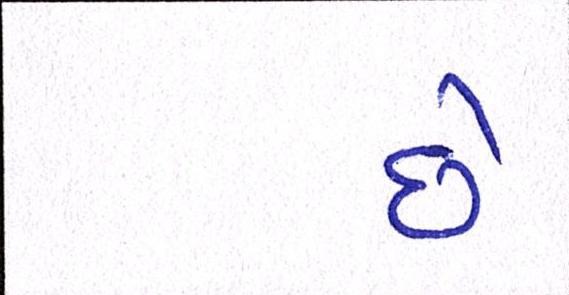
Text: છેઃ